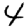
Digit: 4